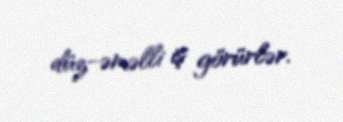
düz-əməlli iş görürlər.